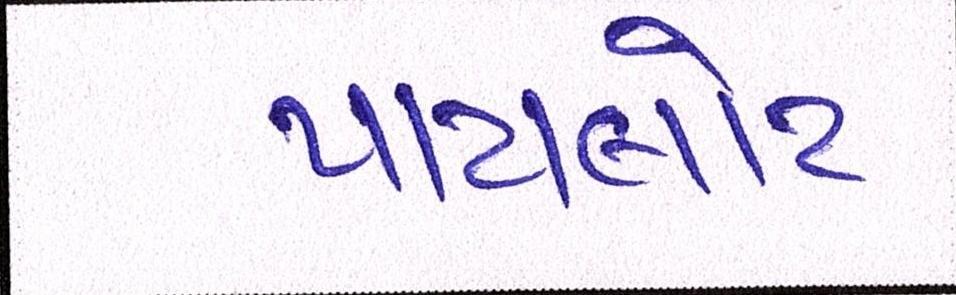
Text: પાયલોટ